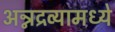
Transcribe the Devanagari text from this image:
अन्नद्रव्यामध्ये